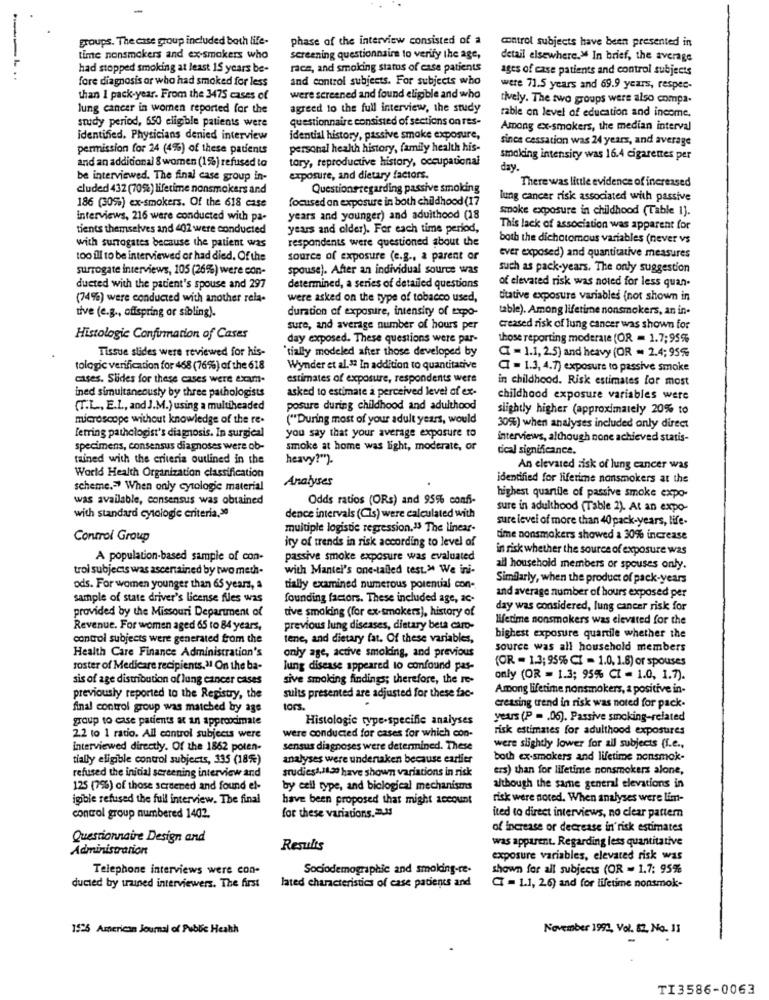
groups. The case group included both life-
phase of the interview consisted of a
control subjects have been presented in
time nonsmokers and ex-smokers who
screening questionnaire to verify the age,
detail elsewhere." In brief, the average
had stopped smoking at least 15 years be-
race, and smoking status of case patients
ages of case patients and control subjects
---..
fore diagnosis or who had smoked for less
and control subjects. For subjects who
were 71.5 years and 69.9 years, respec-
than 1 pack-year. From the 3475 cases of
were screened and found eligible and who
tively. The two groups were also compa.
lung cancer in women reported for the
agreed to the full interview, the study
rable on level of education and income.
study period, 650 eligible patients were
questionnaire consisted of sections on res-
Among ex-smokers, the median interval
Identified. Physicians denied interview
idential history, passive smake exposure,
since cessation was 24 years, and average
permission for 24 (4%) of these patients
personal health history, family health his-
and an additional & women (1%) refused to
tory, reproductive history, occupational
smoking intensity was 16.4 cigarettes per
day.
be interviewed. The final case group in-
exposure, and dietary factors.
cluded 432 (70%) lifetime nonsmokers and
Questionsregarding passive smoking
There was little evidence of increased
focused on exposure in both childhood (17
lung cancer risk associated with passive
186 (30%) ex-smokers. Of the 618 case
smoke exposure in childhood (Table 1].
interviews, 216 were conducted with pa-
years and younger) and adulthood (18
tients themselves and 402 were conducted
years and older). For each time period,
This lack of association was apparent for
with surrogates because the patient was
respondents were questioned about the
both the dichotomous variables (never vs
too ill to be interviewed or had died, Of the
source of exposure (e.g ., a parent or
ever exposed) and quantitative measures
surrogate interviews, 105 (26%) were con-
spouse). After an individual source was
such as pack-years. The only suggestion
ducted with the patient's spouse and 297
determined, a series of detailed questions
of elevated risk was noted for less quan.
(74%) were conducted with another rela-
were asked on the type of tobacco used,
titative exposure variables (not shown in
tive (e.g ., offspring or sibling).
duration of exposure, intensity of topo-
table). Among lifetime nonsmokers, an in-
sure, and average number of hours per
creased risk of lung cancer was shown for
Histologic Confirmation of Cases
day exposed. These questions were par-
those reporting moderate (OR = 1.7:95%
Tissue slides were reviewed for his-
"tially modeled after those developed by
I = 1.1, 2.5) and heavy (OR - 2.4; 95%
tologic verification for 468 (76%) of the 618
Wynder et al. 12 In addition to quantitative
CI = 1.3, 4.7) exposure to passive smoke
cases. Slides for these cases were exam.
estimates of exposure, respondents were
in childhood. Risk estimates for most
asked to estimate a perceived level of ex-
ined simultaneously by three pathologists
childhood exposure variables were
(T.L ., E.L ., and J.M.) using a multiheaded
posure during childhood and adulthood
slightly higher (approximately 20% to
microscope without knowledge of the re.
("During most of your adult years, would
30%) when analyses included only direct
ferring pathologist's diagnosis. In surgical
you say that your average exposure to
interviews, although none achieved statis-
specimens, consensus diagnoses were ob-
smoke at home was light, moderate, or
tical significance.
tained with the criteria outlined in the
heavy?").
World Health Organization classification
An elevated zisk of lung cancer was
Analyses
identified for liferime nonsmokers at the
scheme .= When only cytologie material
was available, consensus was obtained
Odds ratios (ORs) and 95% confi-
highest quantile of passive smoke expo-
sure in adulthood (Table 2). At an expo-
with standard cytologie criteria,>
dence intervals (Cis) were calculated with
sure level of more than 40 pack-years, life.
multiple logistic regression.13 The linear-
Control Group
ity of trends in risk according to level of
time nonsmokers showed a 30% increase
in risk whether the source of exposure was
A population-based sample of con-
passive smoke exposure was evaluated
trol subjects was ascentained by two meth-
with Mantel's one-tailed test." We ini-
ail household members or spouses only.
Similarly, when the product of pack-years
ods. For women younger than 65 years, a
tially examined numerous potential con-
and average number of hours exposed per
sample of state driver's license files was
founding factors. These included age, ac-
provided by the Missouri Department of
tive smaking (for ex-smokers), history of
day was considered, lung cancer risk for
lifetime nonsmokers was elevated for the
Revenue. For women aged 65 to 84 years,
previous lung diseases, dietary beta caro-
control subjects were generated from the
tene, and dietary fat. Of these variables,
highest exposure quartile whether the
source was all household members
Health Care Finance Administration's
only age, active smolding, and previous
(OR = 1.3; 95% CI = 1.0. 1.8) or spouses
roster of Medicare recipients." On the ba-
lung disease appeared to confound pas-
sis of age distribution of lung cancer cases
sive smoking findings; therefore, the re-
only (OR = 1.3; 95% CI = 1.0, 1.7).
Among lifetime nonsmokers, a positive in-
previously reported to the Registry, the
sulis presented are adjusted for these fac-
final control group was matched by age
tors.
creasing trend in risk was noted for pack.
group to case patients at an approximate
Histologic type-specific analyses
years (P = . 06). Passive smoking-related
risk estimates for adulthood exposures
2.2 to 1 ratio. All control subjects were
were conducted for cases for which con-
interviewed directly. Of the 1862 poten-
sensus diagnoses were determined. These
were slightly lower for all subjects (i.e .,
tially eligible control subjects, 335 (18%)
analyses were undenaken because earlier
both ex-smokers and lifetime nonsmok-
studies1,11.30 have shown variations in risk
ers) than for lifetime nonsmokers alone,
refused the inicial screening interview and
125 (7%) of those screened and found el-
by cell type, and biological mechanisms
although the same general elevations in
igible refused the full interview. The final
have been proposed that might account
risk were nored. When analyses were lim-
for these variations. . M
control group numbered 1402.
ited to direct interviews, no clear pattern
of increase or decrease in'risk estimates
Questionnaire Design and
was apparent. Regarding less quantitative
Administration
Results
exposure variables, elevated risk was
Telephone interviews were con-
Sociodemographic and smoking-re-
shown for all subjects (OR = 1.7: 95%
ducted by twined interviewers. The first
lated characteristics of case patients and
CI = 1.1, 26) and for lifetime nonsmok-
1525 American Journal of Public Health
November 1992, Vol. 82, No. 11
TI3586-0063